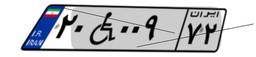
۲۸W۱۱۴۲۵